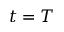
t = T